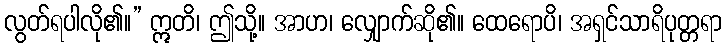
လွတ်ရပါလို၏။” ဣတိ၊ ဤသို့။ အာဟ၊ လျှောက်ဆို၏။ ထေရောပိ၊ အရှင်သာရိပုတ္တရာ